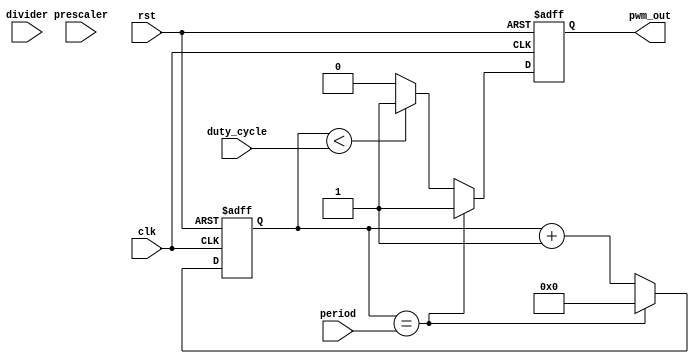
module PWM_timer (
    input wire clk,
    input wire rst,
    input wire [7:0] prescaler,
    input wire [7:0] divider,
    input wire [15:0] period,
    input wire [15:0] duty_cycle,
    output reg pwm_out
);

reg [15:0] counter;
reg [15:0] comparator;

always @ (posedge clk or posedge rst) begin
    if (rst) begin
        counter <= 16'h0000;
        pwm_out <= 1'b0;
    end else begin
        if (counter == period) begin
            counter <= 16'h0000;
            pwm_out <= 1'b1;
        end else begin
            counter <= counter + 1;
            if (counter < duty_cycle) begin
                pwm_out <= 1'b1;
            end else begin
                pwm_out <= 1'b0;
            end
        end
    end
end

endmodule